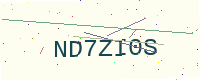
Text: ND7ZI0S